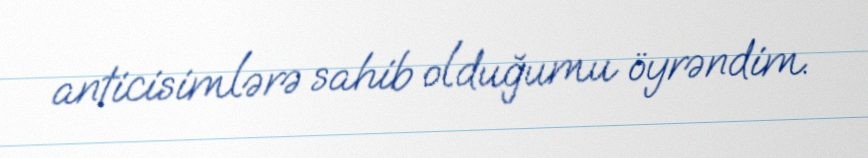
anticisimlərə sahib olduğumu öyrəndim.